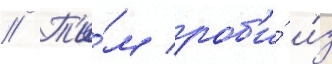
// Т'и́м роб'и́ и́з